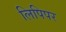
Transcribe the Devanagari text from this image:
लिपिपर